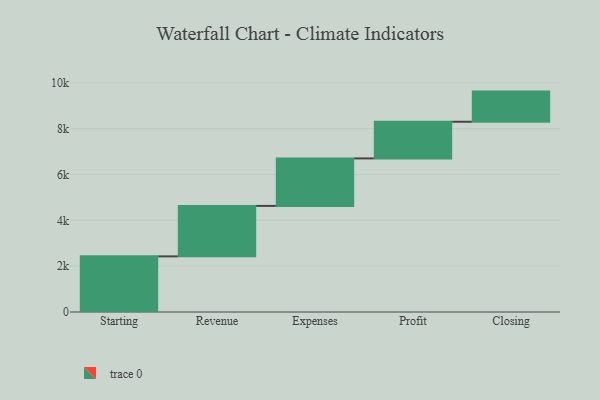
{"axis": {"x": "Step", "y": "Value"}, "legend": [""], "data": [{"x": "Starting", "y": 2428.0, "type": ""}, {"x": "Revenue", "y": 2202.0, "type": ""}, {"x": "Expenses", "y": 2073.0, "type": ""}, {"x": "Profit", "y": 1600.0, "type": ""}, {"x": "Closing", "y": 1316.0, "type": ""}]}